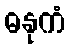
ဓနုကံ